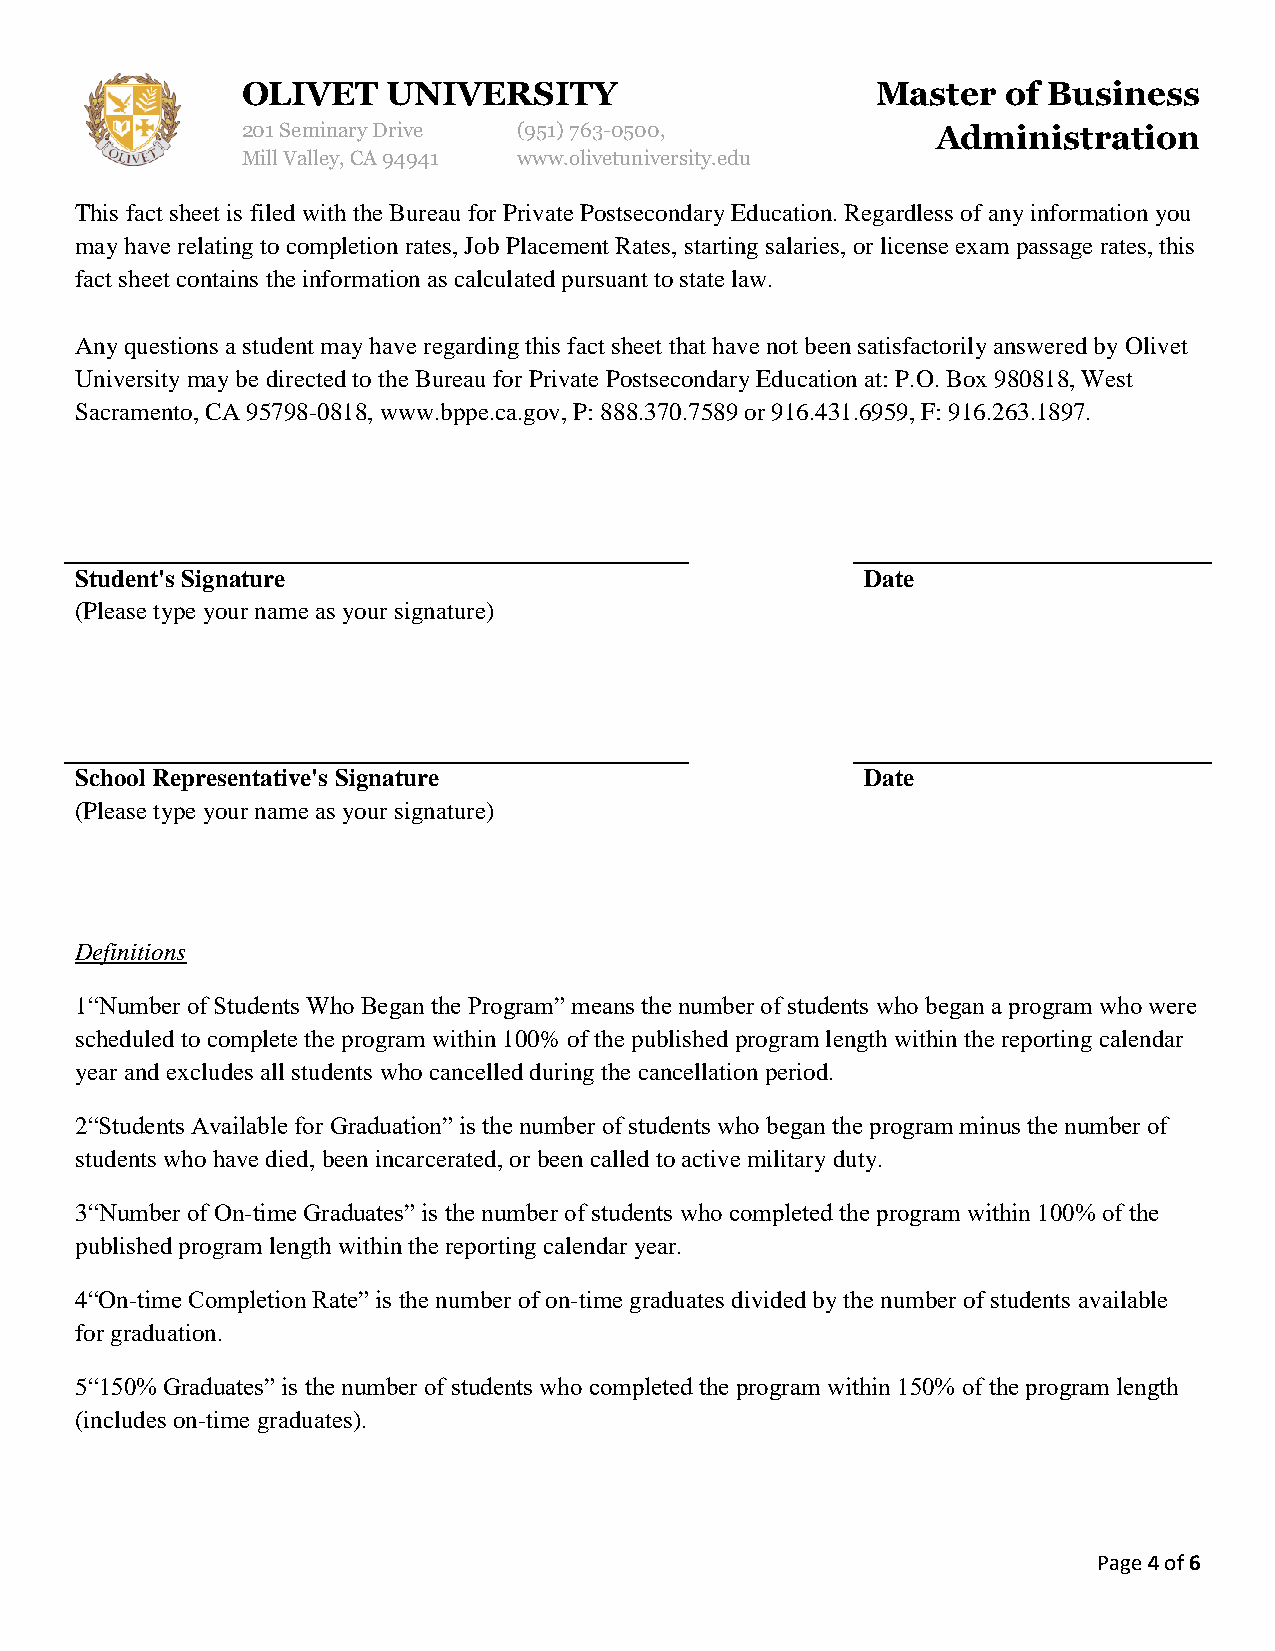
OLIVET    UNIVERSITY                      Master   of Business
 201 Seminary Drive (951)763-0500,             Administration
 Mill Valley, CA 94941 www.olivetuniversity.edu
 This fact sheet is filed with the Bureau for Private Postsecondary Education. Regardless of any information you
 may have relating to completion rates, Job Placement Rates, starting salaries, or license exam passage rates, this
 fact sheet contains the information as calculated pursuant to state law.
 Any questions a student may have regarding this fact sheet that have not been satisfactorily answered by Olivet
 University may be directed to the Bureau for Private Postsecondary Education at: P.O. Box 980818, West
 Sacramento, CA 95798-0818, www.bppe.ca.gov, P: 888.370.7589 or 916.431.6959, F: 916.263.1897.
 Student's Signature                                 Date
 (Please type your name as your signature)
 School Representative's Signature                   Date
 (Please type your name as your signature)
 Definitions
 1“Number of Students Who Began the Program” means the number of students who began a program who were
 scheduled to complete the program within 100% of the published program length within the reporting calendar
 year and excludes all students who cancelled during the cancellation period.
 2“Students Available for Graduation” is the number of students who began the program minus the number of
 students who have died, been incarcerated, or been called to active military duty.
 3“Number of On-time Graduates” is the number of students who completed the program within 100% of the
 published program length within the reporting calendar year.
 4“On-time Completion Rate” is the number of on-time graduates divided by the number of students available
 for graduation.
 5“150% Graduates” is the number of students who completed the program within 150% of the program length
 (includes on-time graduates).
 Page 4 of 6